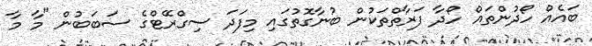
ބައެއް ހޯދުންތައް ހޯދާ ފަރާތްތަކުން ބުނާގޮތުގައި މިފަދަ ސިގްރޭޓްގެ ސަބަބުން "މާ މާ